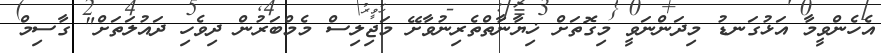
އެހެންވީމާ އަޅުގަނޑު މިދަންނަވީ މިގޮތަށް ޚިޔާނާތްތެރިނުވާށޭ މަޖިލިސް މެމްބަރުން ދިވެހި ދައުލަތަށް" ގާސިމް